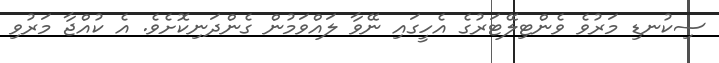
ސިކުނޑި މަރުވެ ވެންޓިލޭޓަރުގެ އެހީގައި ނޭވާ ލައްވަމުން ގެންދަނިކޮށެވެ. އެ ކުއްޖާ މަރުވި